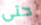
حتى